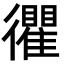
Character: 忂